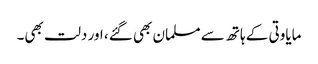
مایاوتی کے ہاتھ سے مسلمان بھی گئے، اور دلت بھی۔